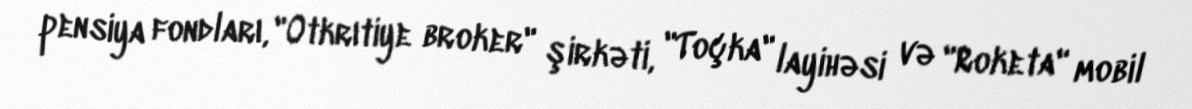
pensiya fondları, "Otkrıtiye broker" şirkəti, "Toçka" layihəsi və "Roketa" mobil